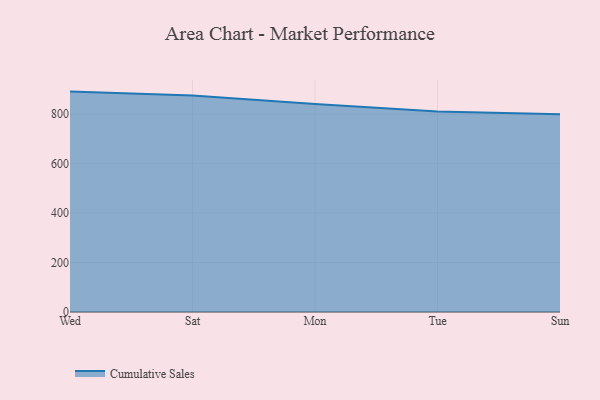
{"axis": {"x": "Day", "y": "Customer Acquisition Cost (USD)"}, "legend": ["Cumulative Sales"], "data": [{"x": "Wed", "y": 891.3, "type": "Cumulative Sales"}, {"x": "Sat", "y": 876.0, "type": "Cumulative Sales"}, {"x": "Mon", "y": 841.3, "type": "Cumulative Sales"}, {"x": "Tue", "y": 811.0, "type": "Cumulative Sales"}, {"x": "Sun", "y": 800, "type": "Cumulative Sales"}]}